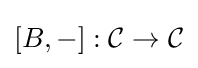
[B,-]:{\mathcal {C}}\to {\mathcal {C}}